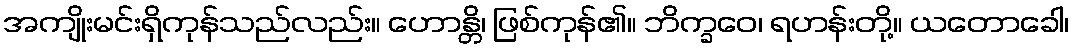
အကျိုးမင်းရှိကုန်သည်လည်း။ ဟောန္တိ၊ ဖြစ်ကုန်၏။ ဘိက္ခဝေ၊ ရဟန်းတို့။ ယတောခေါ၊